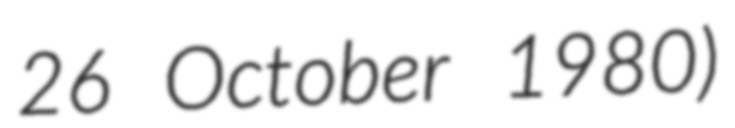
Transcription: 26 October 1980)